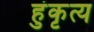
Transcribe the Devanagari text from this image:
हुंकृत्य